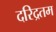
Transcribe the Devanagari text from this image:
दरिद्रतम